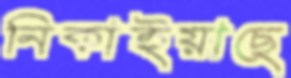
নিকাইয়াছে